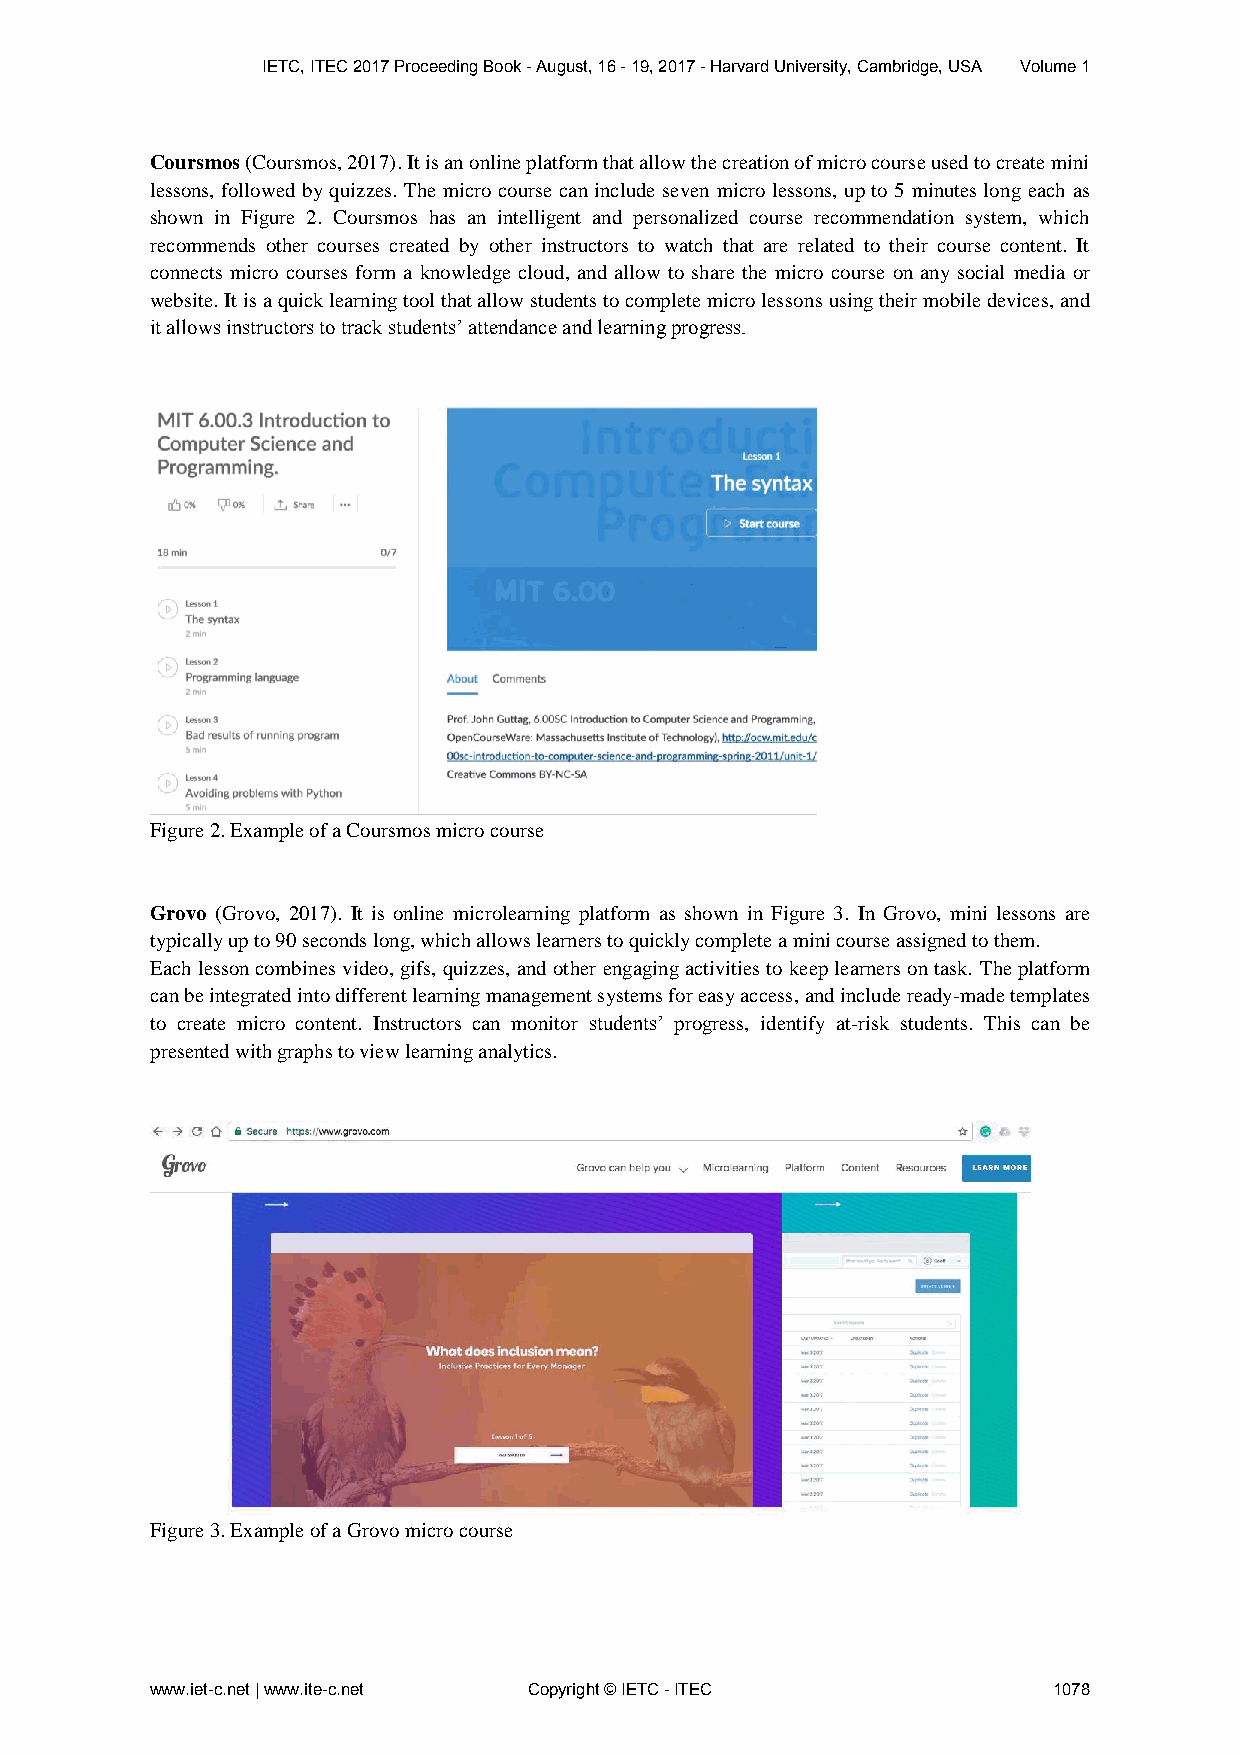
IETC, ITEC 2017 Proceeding Book - August, 16 - 19, 2017 - Harvard University, Cambridge, USA Volume 1
 Coursmos (Coursmos, 2017). It is an online platform that allow the creation of micro course used to create mini
 lessons, followed by quizzes. The micro course can include seven micro lessons, up to 5 minutes long each as
 shown in Figure 2. Coursmos has an intelligent and personalized course recommendation system, which
 recommends other courses created by other instructors to watch that are related to their course content. It
 connects micro courses form a knowledge cloud, and allow to share the micro course on any social media or
 website. It is a quick learning tool that allow students to complete micro lessons using their mobile devices, and
 it allows instructors to track students’ attendance and learning progress.
 Figure 2. Example of a Coursmos micro course
 Grovo (Grovo, 2017). It is online microlearning platform as shown in Figure 3. In Grovo, mini lessons are
 typically up to 90 seconds long, which allows learners to quickly complete a mini course assigned to them.
 Each lesson combines video, gifs, quizzes, and other engaging activities to keep learners on task. The platform
 can be integrated into different learning management systems for easy access, and include ready-made templates
 to create micro content. Instructors can monitor students’ progress, identify at-risk students. This can be
 presented with graphs to view learning analytics.
 Figure 3. Example of a Grovo micro course
 www.iet-c.net | www.ite-c.net Copyright © IETC - ITEC       1078